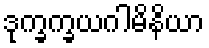
ဒုက္ခက္ခယဂါမိနိယာ